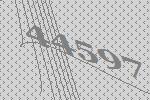
44597